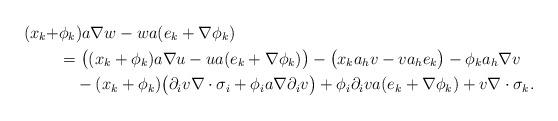
LaTeX: \begin{align*}(x_k+&\phi_k)a\nabla w-wa(e_k+\nabla\phi_k)\\&=\big((x_k+\phi_k)a\nabla u-u a(e_k+\nabla\phi_k)\big)-\big( x_ka_hv-va_he_k\big)-\phi_ka_h\nabla v\\&\quad-(x_k+\phi_k)\big(\partial_iv\nabla\cdot\sigma_i+\phi_ia\nabla\partial_iv\big)+\phi_i\partial_iva(e_k+\nabla\phi_k)+v\nabla\cdot\sigma_k.\end{align*}